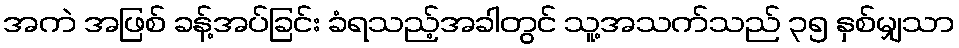
အကဲ အဖြစ် ခန့်အပ်ခြင်း ခံရသည့်အခါတွင် သူ့အသက်သည် ၃၅ နှစ်မျှသာ